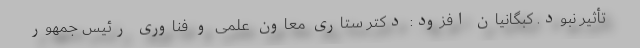
تأثیر نبود. کبگانیان افزود: دکتر ستاری معاون علمی و فناوری رئیس جمهور